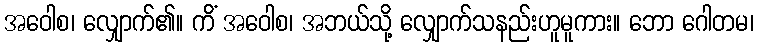
အဝေါစ၊ လျှောက်၏။ ကိံ အဝေါစ၊ အဘယ်သို့ လျှောက်သနည်းဟူမူကား။ ဘော ဂေါတမ၊